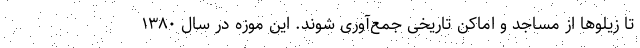
تا زیلوها از مساجد و اماکن تاریخی جمع‌آوری شوند. این موزه در سال ۱۳۸۰